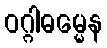
ဝဂ္ဂါဓမ္မေန